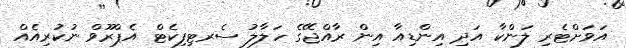
އަވަށްޓެރި ލަންކާ އަދި އިންޑިއާ އިން ރާއްޖޭގެ ހަލާލު ސެރޓިފިކެޓް އެޕްރޫވް ނުކުރިއެއް